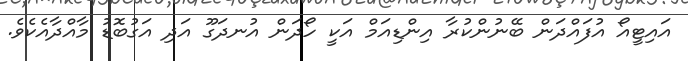
އައިޓީއޯ އުފައްދަން ބޭނުންކުރާ އިންޑިއަމް އަކީ ހޯދަން އުނދަގޫ އަދި އަގުބޮޑު މާއްދާއެކެވެ.